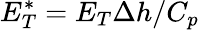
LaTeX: E_{T}^{*}=E_{T}\Delta h/C_{p}